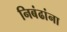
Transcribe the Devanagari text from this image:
निबंढांना